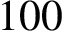
1 0 0